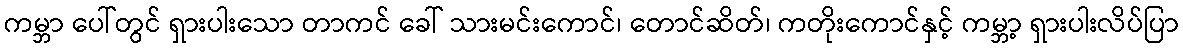
ကမ္ဘာ ပေါ်တွင် ရှားပါးသော တာကင် ခေါ် သားမင်းကောင်၊ တောင်ဆိတ်၊ ကတိုးကောင်နှင့် ကမ္ဘာ့ ရှားပါးလိပ်ပြာ